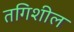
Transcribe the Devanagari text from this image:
तगिशील